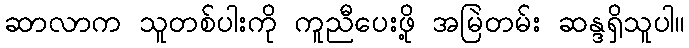
ဆာလာက သူတစ်ပါးကို ကူညီပေးဖို့ အမြဲတမ်း ဆန္ဒရှိသူပါ။